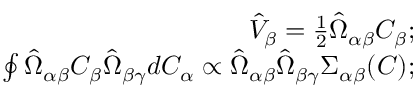
\begin{array} { r l r } & { } & { \hat { V } _ { \beta } = \frac { 1 } { 2 } \hat { \Omega } _ { \alpha \beta } C _ { \beta } ; } \\ & { } & { \oint \hat { \Omega } _ { \alpha \beta } C _ { \beta } \hat { \Omega } _ { \beta \gamma } d C _ { \alpha } \propto \hat { \Omega } _ { \alpha \beta } \hat { \Omega } _ { \beta \gamma } \Sigma _ { \alpha \beta } ( C ) ; } \end{array}